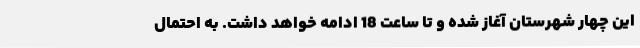
این چهار شهرستان آغاز شده و تا ساعت 18 ادامه خواهد داشت. به احتمال